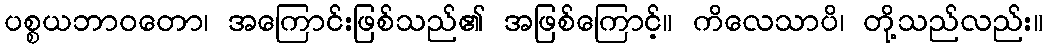
ပစ္စယဘာဝတော၊ အကြောင်းဖြစ်သည်၏ အဖြစ်ကြောင့်။ ကိလေသာပိ၊ တို့သည်လည်း။